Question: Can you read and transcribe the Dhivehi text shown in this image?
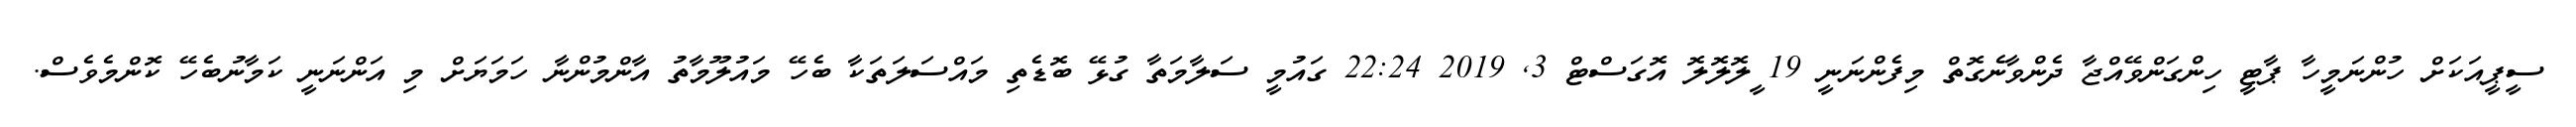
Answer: ސީޕީއަކަށް ހުންނަމީހާ ޕާޓީ ހިންގަންވޭއްޖާ ދެންވާނެގޮތް މިފެންނަނީ 19 ީލޮލޮލޮ އޮގަސްޓް 3, 2019 22:24 ގައުމީ ސަލާމަތާ ގުޅޭ ބޮޑެތި މައްސަލަތަކާ ބެހޭ މައުލޫމާތު އާންމުންނާ ހަމަޔަށް މި އަންނަނީ ކަމާނުބެހޭ ކޮންމެވެސް.